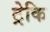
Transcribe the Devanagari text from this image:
ट्रेकि